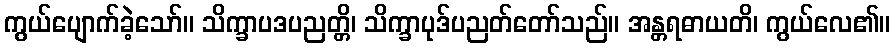
ကွယ်ပျောက်ခဲ့သော်။ သိက္ခာပဒပညတ္တိ၊ သိက္ခာပုဒ်ပညတ်တော်သည်။ အန္တရဓာယတိ၊ ကွယ်လေ၏။